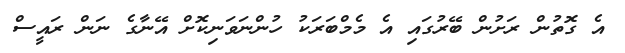
އެ ގޮތުން ރަށުން ބޭރުގައި އެ މެމްބަރަކު ހުންނަވަނިކޮށް އޭނާގެ ނަން ރައީސް